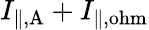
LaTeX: I_{\mathrm{\| ,A}}+I_{\mathrm{\| ,ohm}}